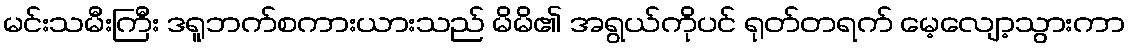
မင်းသမီးကြီး ဒရူဘက်စကားယားသည် မိမိ၏ အရွယ်ကိုပင် ရုတ်တရက် မေ့လျော့သွားကာ